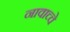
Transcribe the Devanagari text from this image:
नावाच्चे